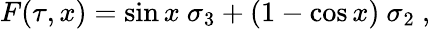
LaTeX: F(\tau,x)=\sin x\ \sigma_{3}+(1-\cos x)\ \sigma_{2}~,